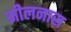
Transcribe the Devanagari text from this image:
मीलनास